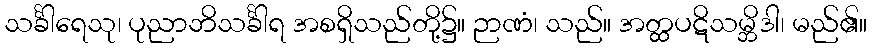
သင်္ခါရေသု၊ ပုညာဘိသင်္ခါရ အစရှိသည်တို့၌။ ဉာဏံ၊ သည်။ အတ္ထပဋိသမ္ဘိဒါ၊ မည်၏။